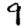
Digit: 9